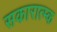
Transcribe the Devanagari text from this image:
सकारात्म्क